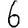
Digit: 6